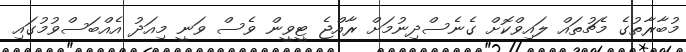
މުބާރާތުގެ މެޗުތައް ލައިވްކޮށް ގެނެސްދިނުމަށް ރާއްޖެ ޓީވީން ވެސް ވަނީ މިއަދު އެއްބަސްވުމުގައި